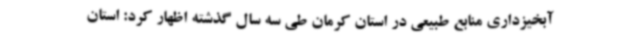
آبخیزداری منابع طبیعی در استان کرمان طی سه سال گذشته اظهار کرد: استان